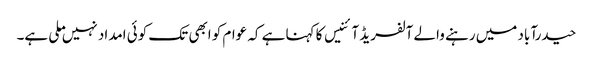
حیدرآباد میں رہنے والے آلفریڈ آئنیس کا کہنا ہے کہ عوام کو ابھی تک کوئی امداد نہیں ملی ہے۔